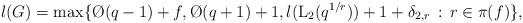
LaTeX: \begin{align*}l(G) = \max\{\O(q-1)+f, \O(q+1)+1, l({\rm L}_{2}(q^{1/r}))+1+\delta_{2,r} \,:\, r \in \pi(f)\},\end{align*}